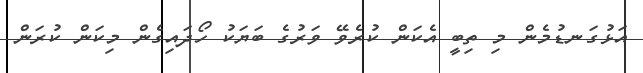
އަޅުގަނޑުމެން މި ތިބީ އެކަން ކުރެވޭ ވަރުގެ ބަޔަކު ހޯދައިގެން މިކަން ކުރަން